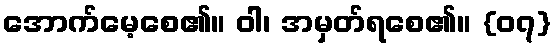
အောက်မေ့စေ၏။ ဝါ၊ အမှတ်ရစေ၏။ {၀၇}